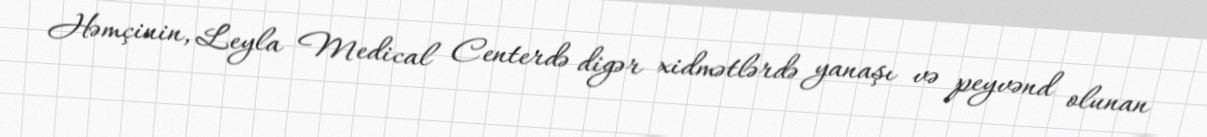
Həmçinin, Leyla Medical Centerdə digər xidmətlərdə yanaşı və peyvənd olunan